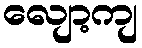
လျော့ကျ